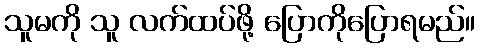
သူမကို သူ လက်ထပ်ဖို့ ပြောကိုပြောရမည်။